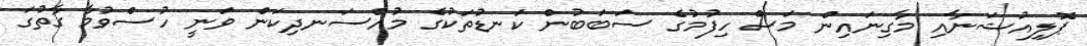
ޕޮލިއުޝަނާއި މާގިނައިން މަސް ހިފުމުގެ ސަބަބުން ކަނޑުތަކުގެ މުއްސަނދިކަން ވަނީ ހުސްވުމާ ގާތުގަ